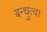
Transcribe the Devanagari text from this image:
बन्धुत्वा